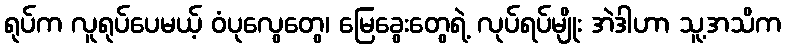
ရုပ်က လူရုပ်ပေမယ့် ဝံပုလွေတွေ၊ မြေခွေးတွေရဲ့ လုပ်ရပ်မျိုး အဲဒါဟာ သူ့အသိက